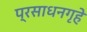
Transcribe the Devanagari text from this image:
प्रसाधनगृहे